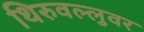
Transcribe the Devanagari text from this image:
थिरुवल्लुवर